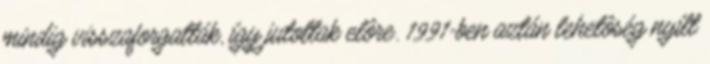
mindig visszaforgatták, így jutottak elôre. 1991-ben aztán lehetôség nyílt